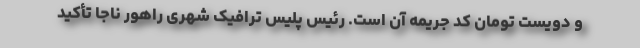
و دویست تومان کد جریمه آن است. رئیس پلیس ترافیک شهری راهور ناجا تأکید